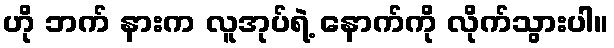
ဟို ဘက် နားက လူအုပ်ရဲ့ နောက်ကို လိုက်သွားပါ။